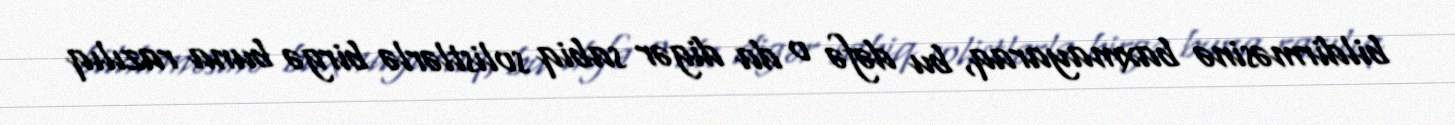
bildirməsinə baxmayaraq, bu dəfə o da digər sabiq solistlərlə birgə buna razılıq